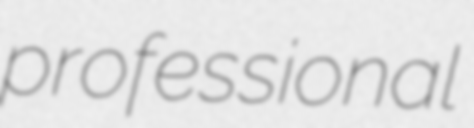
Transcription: professional